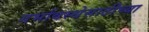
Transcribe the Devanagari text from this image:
गर्भावस्थेसाठीच्या